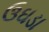
ઉઘડા